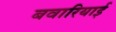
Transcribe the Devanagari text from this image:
बवारियाई